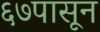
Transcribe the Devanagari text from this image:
६७पासून